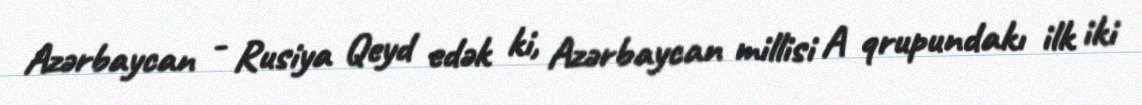
Azərbaycan - Rusiya Qeyd edək ki, Azərbaycan millisi A qrupundakı ilk iki